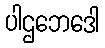
ပါဌဘေဒေါ